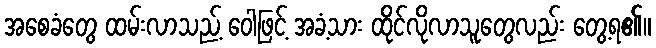
အစေခံတွေ ထမ်းလာသည့် ဝေါဖြင့် အခံ့သား ထိုင်လိုလာသူတွေလည်း တွေ့ရ၏။